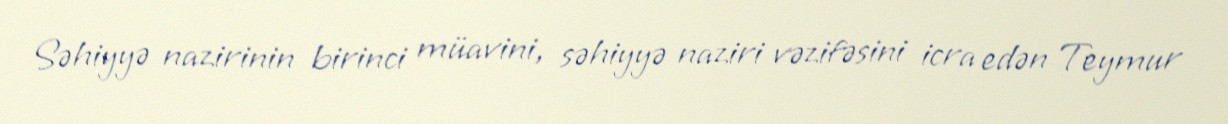
Səhiyyə nazirinin birinci müavini, səhiyyə naziri vəzifəsini icra edən Teymur